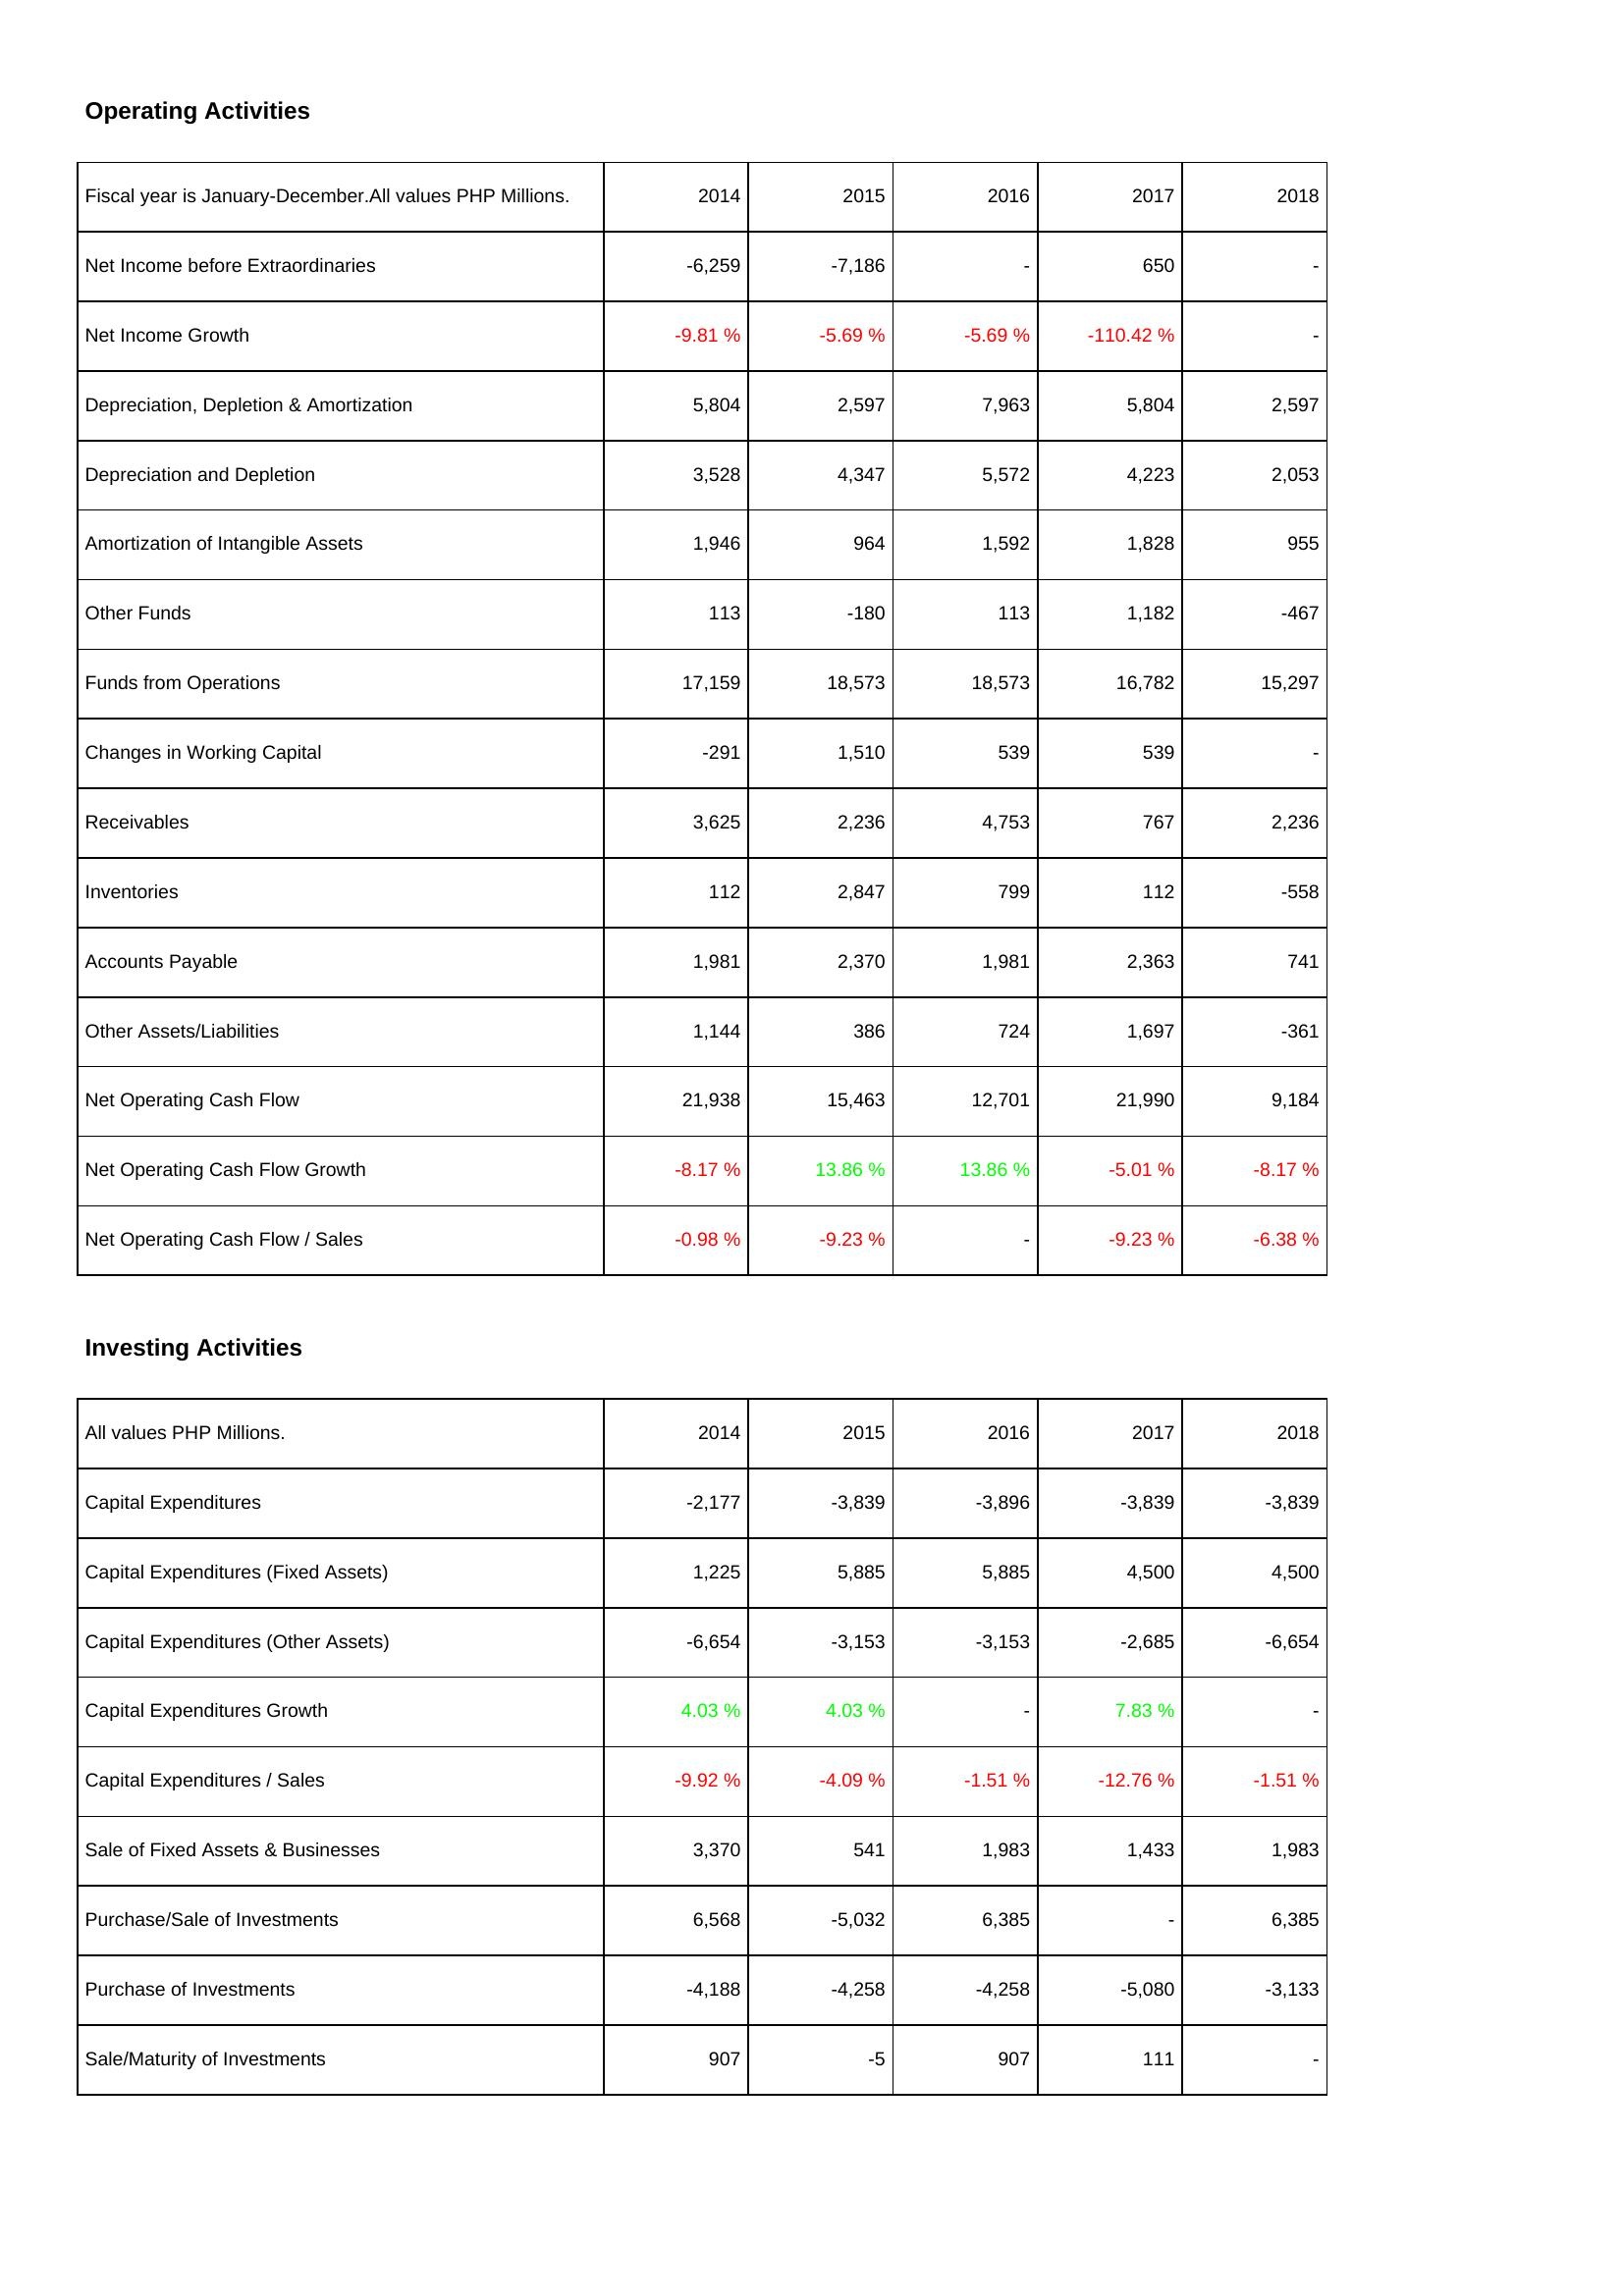
2014: Operating Activities: Net Income before Extraordinaries: -6,259
Net Income Growth: -9.81 %
Depreciation, Depletion & Amortization: 5,804
Depreciation and Depletion: 3,528
Amortization of Intangible Assets: 1,946
Other Funds: 113
Funds from Operations: 17,159
Changes in Working Capital: -291
Receivables: 3,625
Inventories: 112
Accounts Payable: 1,981
Other Assets/Liabilities: 1,144
Net Operating Cash Flow: 21,938
Net Operating Cash Flow Growth: -8.17 %
Net Operating Cash Flow / Sales: -0.98 %
Investing Activities: Capital Expenditures: -2,177
Capital Expenditures (Fixed Assets): 1,225
Capital Expenditures (Other Assets): -6,654
Capital Expenditures Growth: 4.03 %
Capital Expenditures / Sales: -9.92 %
Sale of Fixed Assets & Businesses: 3,370
Purchase/Sale of Investments: 6,568
Purchase of Investments: -4,188
Sale/Maturity of Investments: 907
2015: Operating Activities: Net Income before Extraordinaries: -7,186
Net Income Growth: -5.69 %
Depreciation, Depletion & Amortization: 2,597
Depreciation and Depletion: 4,347
Amortization of Intangible Assets: 964
Other Funds: -180
Funds from Operations: 18,573
Changes in Working Capital: 1,510
Receivables: 2,236
Inventories: 2,847
Accounts Payable: 2,370
Other Assets/Liabilities: 386
Net Operating Cash Flow: 15,463
Net Operating Cash Flow Growth: 13.86 %
Net Operating Cash Flow / Sales: -9.23 %
Investing Activities: Capital Expenditures: -3,839
Capital Expenditures (Fixed Assets): 5,885
Capital Expenditures (Other Assets): -3,153
Capital Expenditures Growth: 4.03 %
Capital Expenditures / Sales: -4.09 %
Sale of Fixed Assets & Businesses: 541
Purchase/Sale of Investments: -5,032
Purchase of Investments: -4,258
Sale/Maturity of Investments: -5
2016: Operating Activities: Net Income before Extraordinaries: -
Net Income Growth: -5.69 %
Depreciation, Depletion & Amortization: 7,963
Depreciation and Depletion: 5,572
Amortization of Intangible Assets: 1,592
Other Funds: 113
Funds from Operations: 18,573
Changes in Working Capital: 539
Receivables: 4,753
Inventories: 799
Accounts Payable: 1,981
Other Assets/Liabilities: 724
Net Operating Cash Flow: 12,701
Net Operating Cash Flow Growth: 13.86 %
Net Operating Cash Flow / Sales: -
Investing Activities: Capital Expenditures: -3,896
Capital Expenditures (Fixed Assets): 5,885
Capital Expenditures (Other Assets): -3,153
Capital Expenditures Growth: -
Capital Expenditures / Sales: -1.51 %
Sale of Fixed Assets & Businesses: 1,983
Purchase/Sale of Investments: 6,385
Purchase of Investments: -4,258
Sale/Maturity of Investments: 907
2017: Operating Activities: Net Income before Extraordinaries: 650
Net Income Growth: -110.42 %
Depreciation, Depletion & Amortization: 5,804
Depreciation and Depletion: 4,223
Amortization of Intangible Assets: 1,828
Other Funds: 1,182
Funds from Operations: 16,782
Changes in Working Capital: 539
Receivables: 767
Inventories: 112
Accounts Payable: 2,363
Other Assets/Liabilities: 1,697
Net Operating Cash Flow: 21,990
Net Operating Cash Flow Growth: -5.01 %
Net Operating Cash Flow / Sales: -9.23 %
Investing Activities: Capital Expenditures: -3,839
Capital Expenditures (Fixed Assets): 4,500
Capital Expenditures (Other Assets): -2,685
Capital Expenditures Growth: 7.83 %
Capital Expenditures / Sales: -12.76 %
Sale of Fixed Assets & Businesses: 1,433
Purchase/Sale of Investments: -
Purchase of Investments: -5,080
Sale/Maturity of Investments: 111
2018: Operating Activities: Net Income before Extraordinaries: -
Net Income Growth: -
Depreciation, Depletion & Amortization: 2,597
Depreciation and Depletion: 2,053
Amortization of Intangible Assets: 955
Other Funds: -467
Funds from Operations: 15,297
Changes in Working Capital: -
Receivables: 2,236
Inventories: -558
Accounts Payable: 741
Other Assets/Liabilities: -361
Net Operating Cash Flow: 9,184
Net Operating Cash Flow Growth: -8.17 %
Net Operating Cash Flow / Sales: -6.38 %
Investing Activities: Capital Expenditures: -3,839
Capital Expenditures (Fixed Assets): 4,500
Capital Expenditures (Other Assets): -6,654
Capital Expenditures Growth: -
Capital Expenditures / Sales: -1.51 %
Sale of Fixed Assets & Businesses: 1,983
Purchase/Sale of Investments: 6,385
Purchase of Investments: -3,133
Sale/Maturity of Investments: -